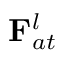
{ \bf F } _ { a t } ^ { l }